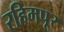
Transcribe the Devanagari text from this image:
रहिमपूर